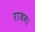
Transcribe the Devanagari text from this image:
राजम।